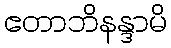
ဧတာဘိနန္ဒာမိ